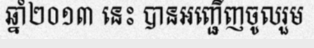
ឆ្នាំ២០១៣ នេះ បានអញ្ជើញចូលរួម